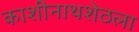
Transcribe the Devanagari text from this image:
काशीनाथशेठला